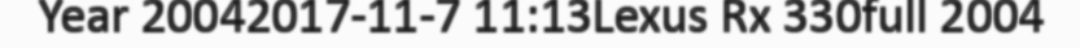
Year 20042017-11-7 11:13Lexus Rx 330full 2004